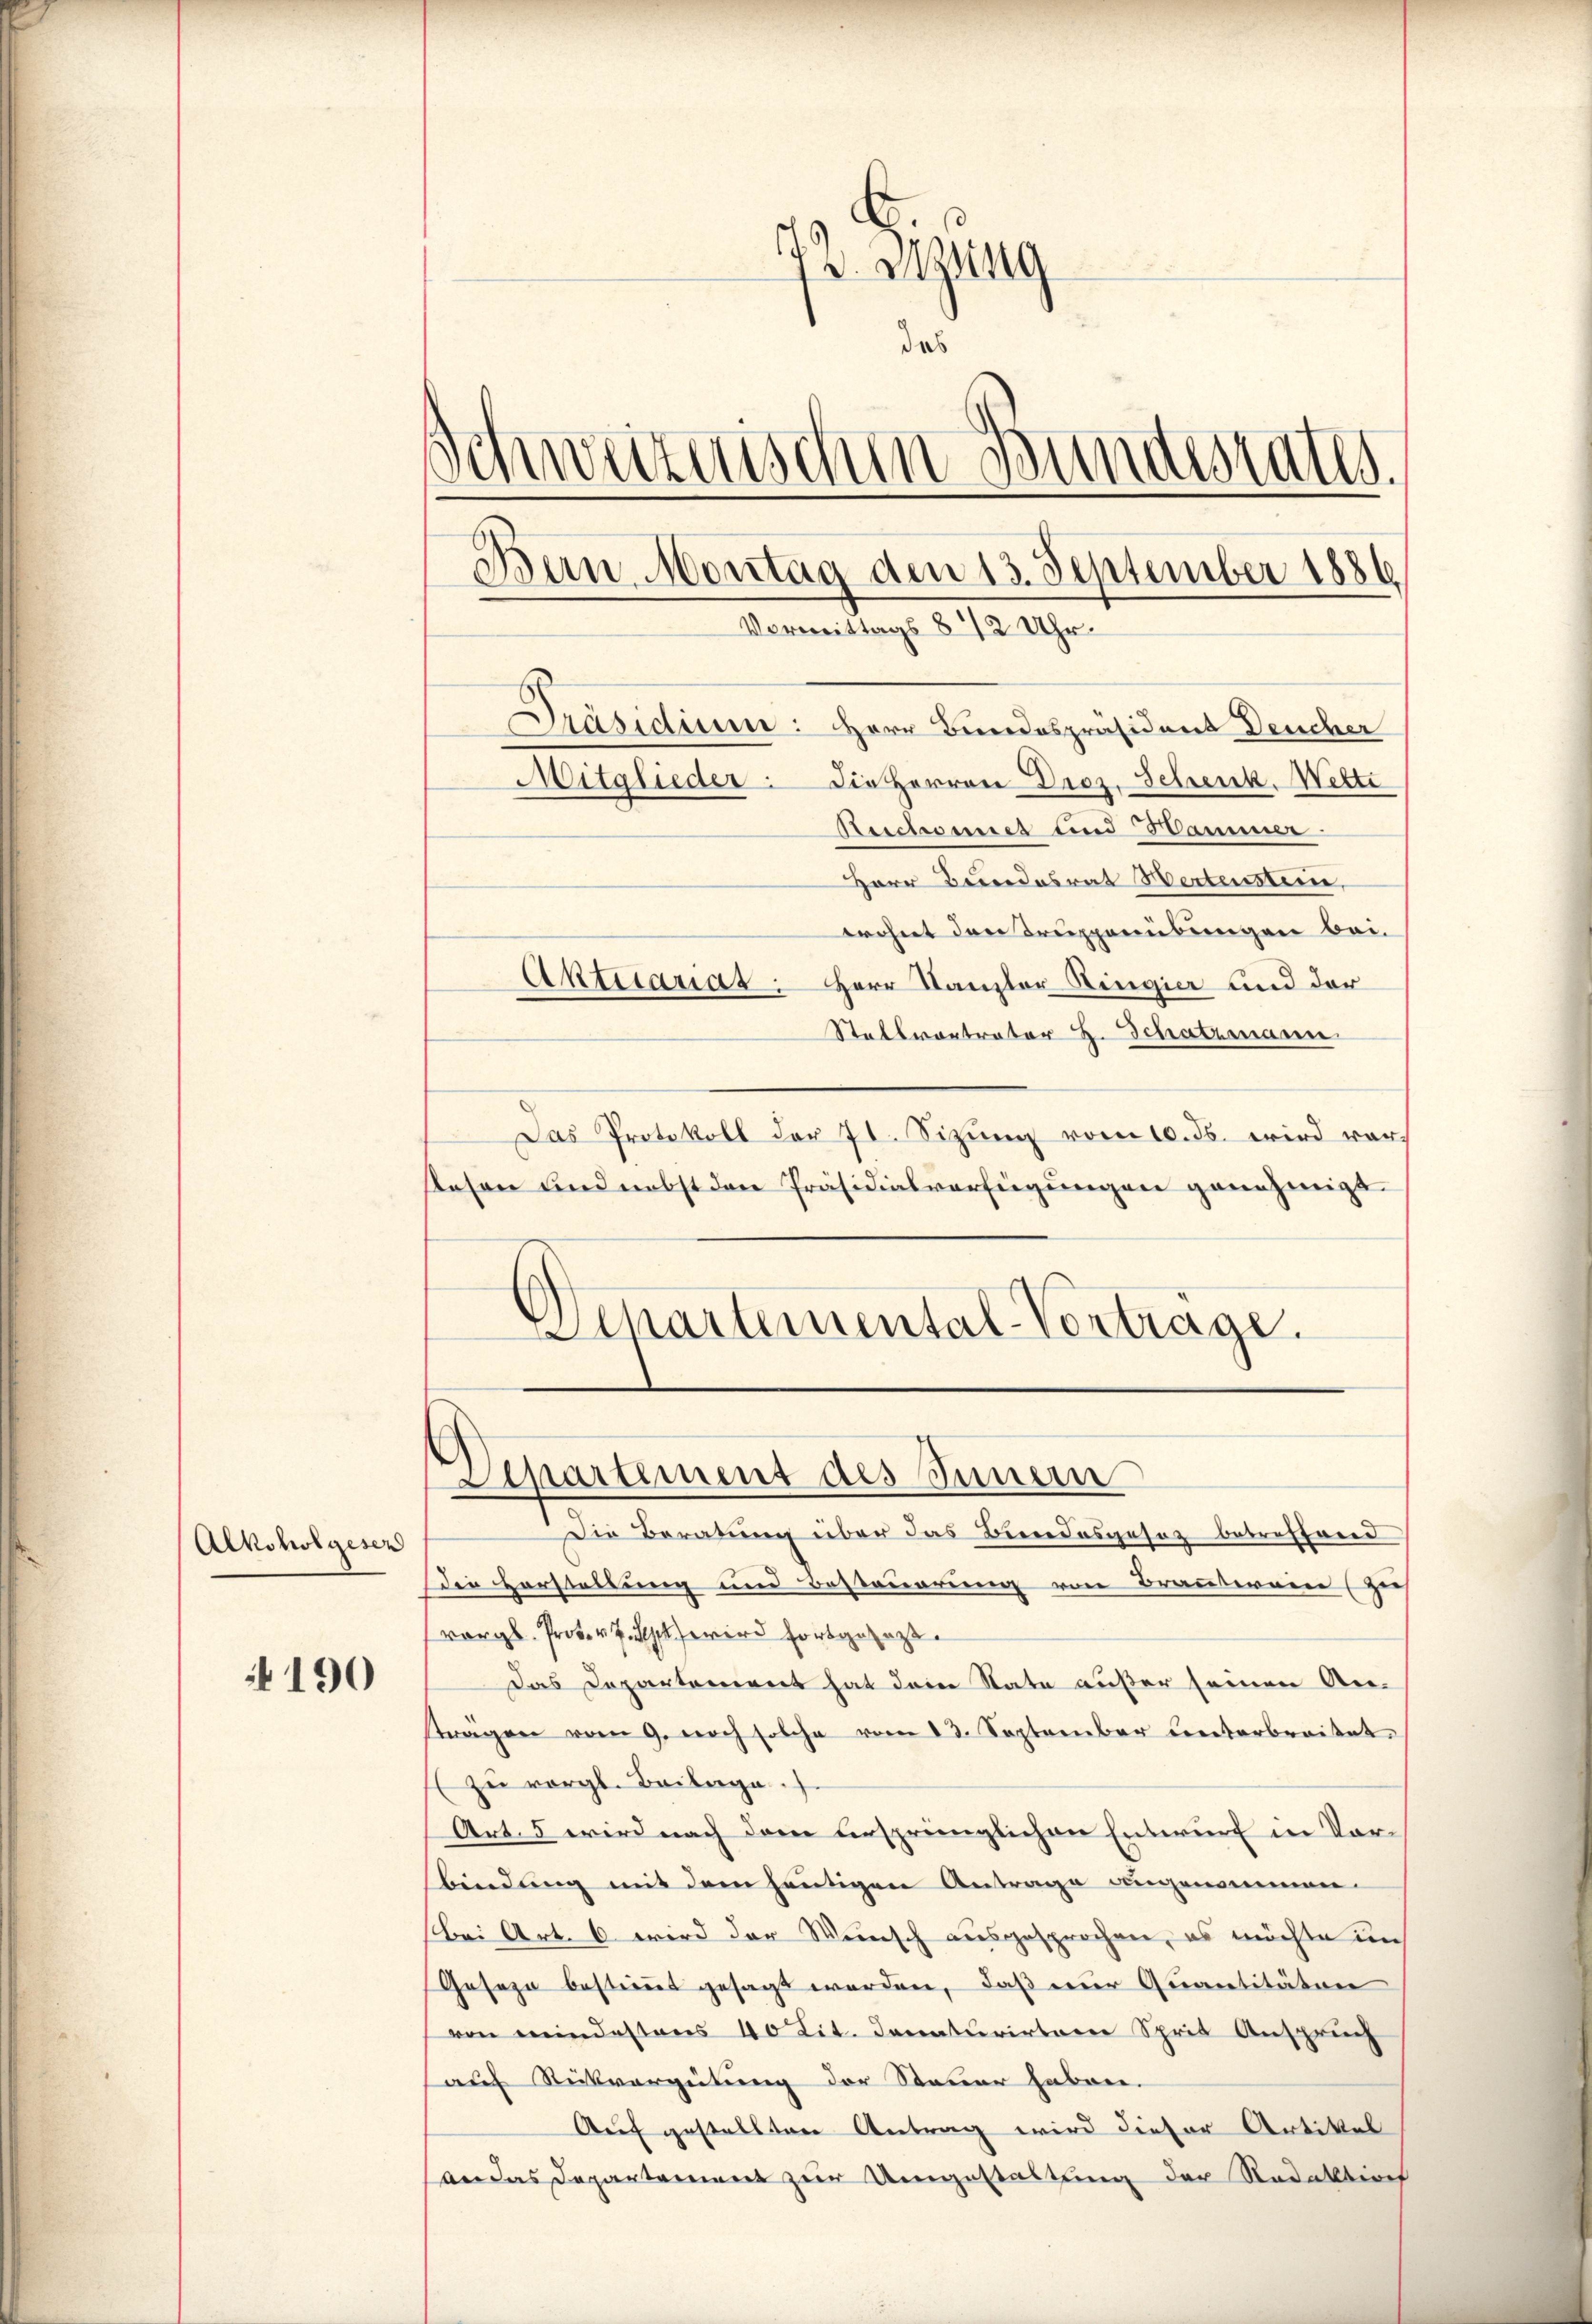
Alkoholgesen

190

s
4v. Szung
das
s
Einweitenschen Bundesrath.
.
Bern Montag den 13. September 1886
Vormittags 8 1/2 Uhr¬

Präsidium: Herr Bundespräsident Deucher
Mitglieder: die Herren Droz. Schenk. Wette
Reichnet und Hammer-
Herr Bundesrat Hertenstein,
wohnt den Truppenübungen bei.
Aktuariat. Herr Kanzler Ringier und der
Stellvontrator H. Schatzmann.
Das Protokoll der 7t. Sizŭng vom 10. ds. wird vor-
Resen und nebst den Präsidialverfügungen genehmigt.
Schartemental-Vortrage.

Departement des Innern

Die Beratung über das Bundesgesetz betreffend
Die Vorstellung und Besteuerung von Brauterain (zu
vergl. Prot. v. 7. Uhr wird fortgesagt
Das Departement hat dein State außer seinen Anträgen vom 9. noch solche vom 22. September unterbreitet
(zu vergl. Beilage.
Art. 5 wird nach dem ursprünglichen Entwurf in Vorbindung mit dem heutigen Antrage angenommen.
bei Art. 6 wird der Weinsch ausgesprochen, es möchte in
Geseze bestimmt gesagt werden, daß nur Quantitäten
von meindestens 40 Tit. Jenaturirtere Sprit Anspruch
auf Rückvergütung der Steuer haben.
Auf gestellten Antrag wird dieser Artikel
an das Departement zur Umgestaltung der Redaktisch